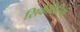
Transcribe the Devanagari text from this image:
सिकंदिरिया